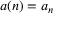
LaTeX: a ( n ) = a _ { n }